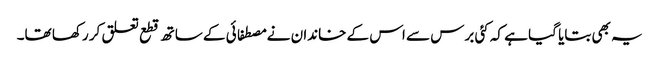
یہ بھی بتایا گیا ہے کہ کئی برس سے اس کے خاندان نے مصطفائی کے ساتھ قطع تعلق کر رکھا تھا۔